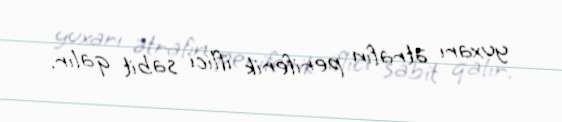
yuxarı ətrafın periferik iflici sabit qalır.